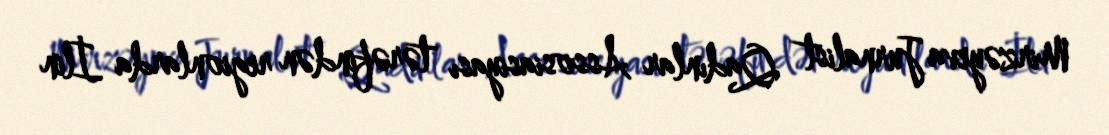
Mirzəyeva Jurnalist Qadınlar Assosiasiyası tərəfindən regionlarda İlin